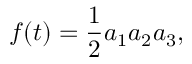
f ( t ) = { \frac { 1 } { 2 } } a _ { 1 } a _ { 2 } a _ { 3 } ,